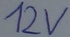
Text: 12V